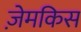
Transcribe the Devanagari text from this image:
ज़ेमकिस